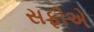
સફીએ